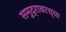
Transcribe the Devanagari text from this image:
समुद्रावरच्या